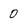
Character: 0